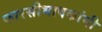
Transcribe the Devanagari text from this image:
फारसीभाषकांनी